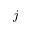
j